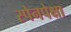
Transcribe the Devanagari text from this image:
स्पेनपेक्षा